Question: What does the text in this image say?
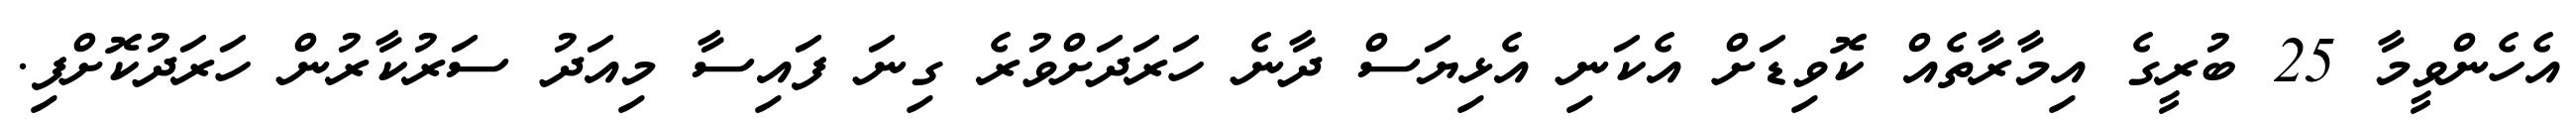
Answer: އެހެންވީމާ 25 ބުރީގެ އިމާރާތެއް ކޮވިޑަށް އެކަނި އެޅިޔަސް ދާނެ ހަރަދަށްވުރެ ގިނަ ފައިސާ މިއަދު ސަރުކާރުން ހަރަދުކޮށްފި.